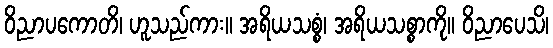
ဝိညာပကောတိ၊ ဟူသည်ကား။ အရိယသစ္စံ၊ အရိယသစ္စာကို။ ဝိညာပေသိ၊